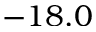
- 1 8 . 0